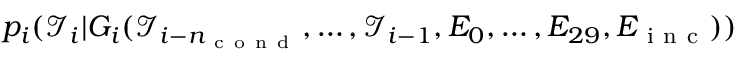
p _ { i } ( { \mathcal I } _ { i } | G _ { i } ( { \mathcal I } _ { i - n _ { \mathrm { ~ c ~ o ~ n ~ d ~ } } } , \dots , { \mathcal I } _ { i - 1 } , E _ { 0 } , \dots , E _ { 2 9 } , E _ { \mathrm { ~ i ~ n ~ c ~ } } ) )